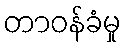
တာဝန်ခံမှု